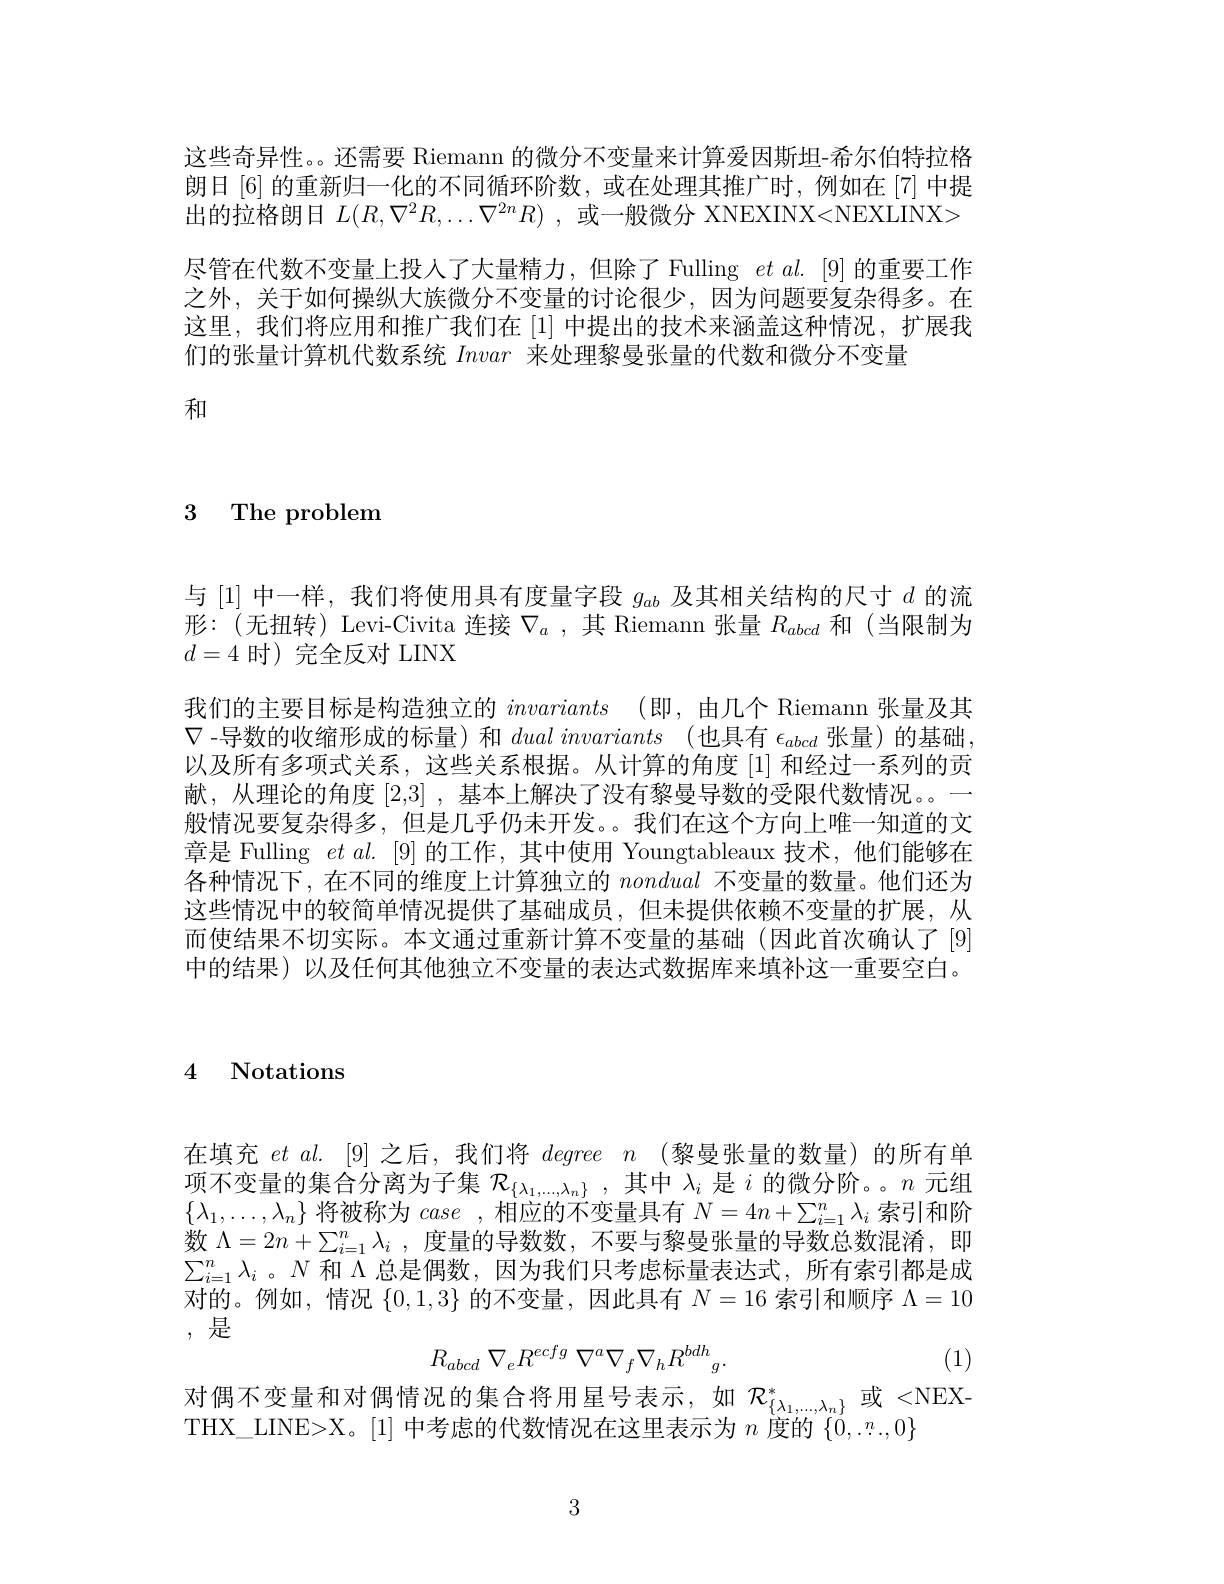
这些奇异性。。还需要 Riemann 的微分不变量来计算爱因斯坦-希尔伯特拉格朗日 [6] 的重新归一化的不同循环阶数，或在处理其推广时，例如在 [7] 中提出的拉格朗日$L( R, \nabla ^2R, \ldots \nabla ^{2n}R)$ ,或一般微分 XNEXINX<NEXLINX> 尽管在代数不变量上投入了大量精力，但除了Fulling $etal.[9]$的重要工作之外，关于如何操纵大族微分不变量的讨论很少，因为问题要复杂得多。在这里，我们将应用和推广我们在[1]中提出的技术来涵盖这种情况，扩展我们的张量计算机代数系统 Invar 来处理黎曼张量的代数和微分不变量

和

3 The problem

与[1]中一样，我们将使用具有度量字段$g_ab$及其相关结构的尺寸$d$的流形：(无扭转) Levi-Civita 连接$\nabla_a$,其 Riemann 张量$R_abcd$和(当限制为$d=4$时)完全反对 LINX
我们的主要目标是构造独立的 invariants (即，由几个 Riemann 张量及其$\nabla$ -导数的收缩形成的标量)和$dual\textit{invariants}$ (也具有$\epsilon_{abcd}$张量)的基础以及所有多项式关系，这些关系根据。从计算的角度[1]和经过一系列的贡献，从理论的角度[2,3] ,基本上解决了没有黎曼导数的受限代数情况。一般情况要复杂得多，但是几乎仍未开发。我们在这个方向上唯一知道的文章是 Fulling $etal.[9]$的工作，其中使用 Youngtableaux 技术，他们能够在各种情况下，在不同的维度上计算独立的nondual不变量的数量。他们还为这些情况中的较简单情况提供了基础成员，但未提供依赖不变量的扩展，从而使结果不切实际。本文通过重新计算不变量的基础(因此首次确认了[9] 中的结果)以及任何其他独立不变量的表达式数据库来填补这一重要空白。

4 Notations

在填充$et\textit{al. [ 9] 之 后 , 我 们 将 degree }n$ (黎曼张量的数量)的所有单项不变量的集合分离为子集$\mathcal{R}_\{\lambda_1,...,\lambda_n\}$,其中$\lambda_i$是$i$的微分阶。。$n$元组$\{\lambda_1,\ldots,\lambda_n\}$将被称为case ,相应的不变量具有$N=4n+\sum_i=1^n\lambda_i$索引和阶数$\Lambda = 2n+ \sum _{i= 1}^n\lambda _i$ ,度量的导数数，不要与黎曼张量的导数总数混淆，即$\sum_{i=1}^{n}\lambda_{i}$ 。$N$和$\Lambda$总是偶数，因为我们只考虑标量表达式，所有索引都是成对的。例如，情况$\{0,1,3\}$的不变量，因此具有$N=16$索引和顺序$\Lambda=10$ ,是
$$R_{abcd}\:\nabla_eR^{ecfg}\:\nabla^a\nabla_f\nabla_hR^{bdh}{}_g.$$
(1)

对偶不变量和对偶情况的集合将用星号表示，如 $\mathcal{R}_{\{\lambda_1,\ldots,\lambda_n\}}^*$或 <NEX-
THX\_LINE>X。[1] 中考虑的代数情况在这里表示为$n$度的$\{0,...,0\}$

3